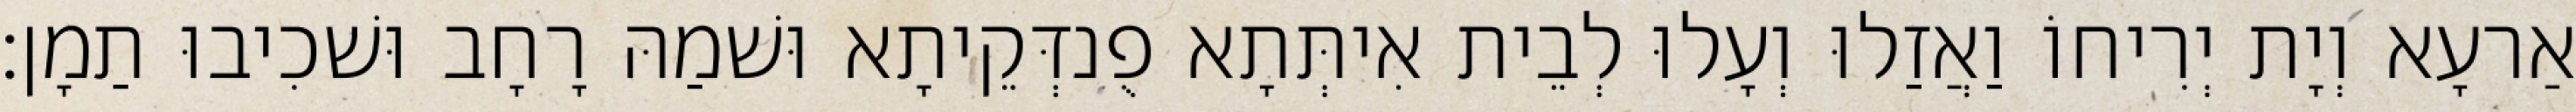
אַרעָא וְיָת יְרִיחוֹ וַאֲזַלוּ וְעָלוּ לְבֵית אִיתְּתָא פֻנדְּקֵיתָא וּשׁמַהּ רָחָב וּשׁכִיבוּ תַמָן׃